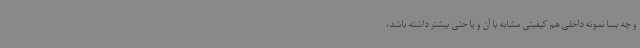
و چه بسا نمونه داخلی هم کیفیتی مشابه با آن و یا حتی بیشتر داشته باشد،